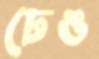
ঢেঙ